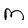
Character: M